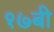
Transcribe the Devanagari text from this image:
१७बी